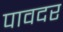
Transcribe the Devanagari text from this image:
पावदर